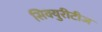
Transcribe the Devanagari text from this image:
सिक्युरीटीज